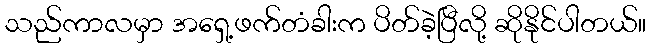
သည်ကာလမှာ အရှေ့ဖက်တံခါးက ပိတ်ခဲ့ပြီလို့ ဆိုနိုင်ပါတယ်။